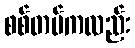
စစ်တပ်ကလည်း